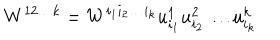
W ^ { 1 2 \ldots k } = W ^ { i _ { 1 } i _ { 2 } \ldots i _ { k } } u _ { i _ { 1 } } ^ { 1 } u _ { i _ { 2 } } ^ { 2 } \ldots u _ { i _ { k } } ^ { k }